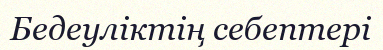
Бедеуліктің себептері